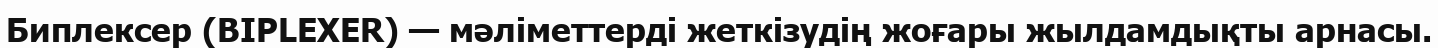
Биплексер (BIPLEXER) — мәліметтерді жеткізудің жоғары жылдамдықты арнасы.